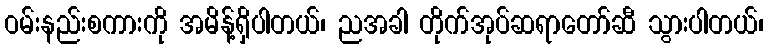
ဝမ်းနည်းစကားကို အမိန့်ရှိပါတယ်၊ ညအခါ တိုက်အုပ်ဆရာတော်ဆီ သွားပါတယ်၊